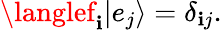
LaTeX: \langlef_{\mathbf{i}}|e_{j}\rangle=\delta_{\mathbf{i}j}.